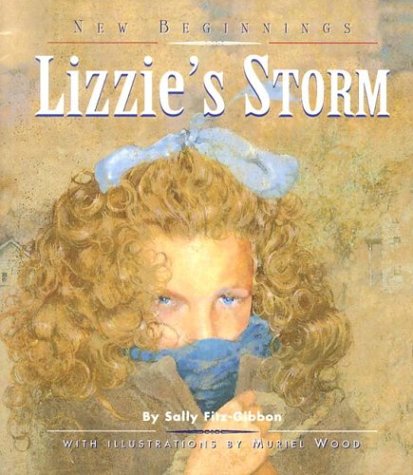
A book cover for Lizzie's Storm (New Beginnings); Sally Fitz-Gibbon; Children's Books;